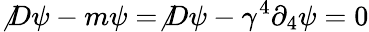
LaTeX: \not{D}\psi-m\psi=\not{D}\psi-\gamma^{4}\partial_{4}\psi=0